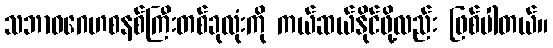
သဘာဝဂေဟစနစ်ကြီးတစ်ခုလုံးကို ကယ်ဆယ်နိုင်ဖို့လည်း ဖြစ်ပါတယ်။